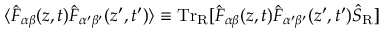
\langle { \hat { F } } _ { \alpha \beta } ( z , t ) { \hat { F } } _ { \alpha ^ { \prime } \beta ^ { \prime } } ( z ^ { \prime } , t ^ { \prime } ) \rangle \equiv \mathrm { T r } _ { \mathrm { R } } [ { \hat { F } } _ { \alpha \beta } ( z , t ) { \hat { F } } _ { \alpha ^ { \prime } \beta ^ { \prime } } ( z ^ { \prime } , t ^ { \prime } ) { \hat { S } } _ { \mathrm { R } } ]